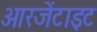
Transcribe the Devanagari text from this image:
आरजेंटाइट